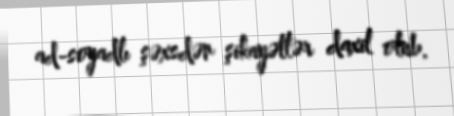
ad-soyadlı şəxsdən şikayətlər daxil olub.